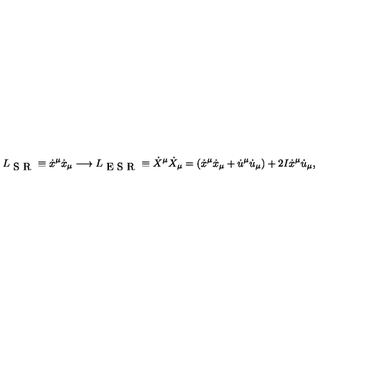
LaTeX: L _ { \textrm { S R } } \equiv \dot { x } ^ { \mu } \dot { x } _ { \mu } \longrightarrow L _ { \textrm { E S R } } \equiv \dot { X } ^ { \mu } \dot { X } _ { \mu } = ( \dot { x } ^ { \mu } \dot { x } _ { \mu } + \dot { u } ^ { \mu } \dot { u } _ { \mu } ) + 2 I \dot { x } ^ { \mu } \dot { u } _ { \mu } ,